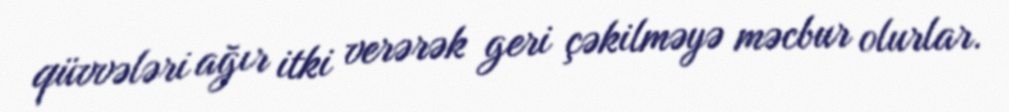
qüvvələri ağır itki verərək geri çəkilməyə məcbur olurlar.